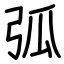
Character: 弧